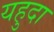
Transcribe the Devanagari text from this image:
यहुदा